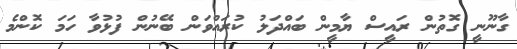
ގާނޫނީ ގޮތުން ރައީސް ޔާމީން ބައްދަލު ކުރައްވަން ބޭނުން ފުޅުވާ ހަމަ ކޮންމެ